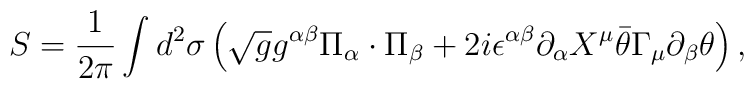
S=\frac{1}{2\pi}\int d^2\sigma \left ( \sqrt{g}g^{\alpha\beta}\Pi_{\alpha}\cdot\Pi_{\beta}+2i\epsilon^{\alpha\beta}\partial_{\alpha}X^{\mu}\bar{\theta}\Gamma_{\mu}\partial_{\beta}\theta \right ),